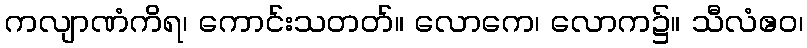
ကလျာဏံကိရ၊ ကောင်းသတတ်။ လောကေ၊ လောက၌။ သီလံဧဝ၊